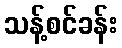
သန့်စင်ခန်း